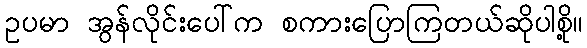
ဥပမာ အွန်လိုင်းပေါ်က စကားပြောကြတယ်ဆိုပါစို့။